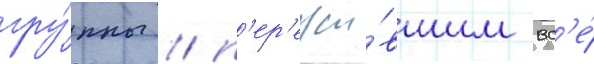
гру́ппы / п'ер'ежи́вшим вс'е́